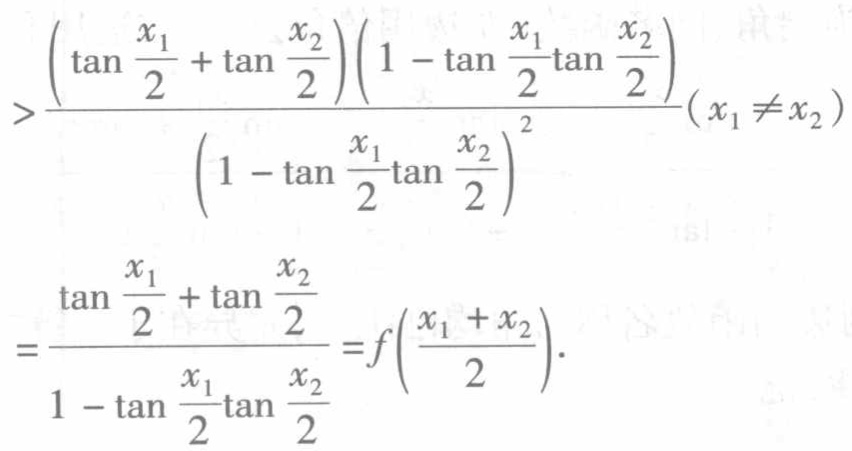
$>\frac{\left(\tan\frac{x_{1}}{2}+\tan\frac{x_{2}}{2}\right)\left(1 - \tan\frac{x_{1}}{2}\tan\frac{x_{2}}{2}\right)}{\left(1 - \tan\frac{x_{1}}{2}\tan\frac{x_{2}}{2}\right)^{2}}(x_{1}\neq x_{2})$
$=\frac{\tan\frac{x_{1}}{2}+\tan\frac{x_{2}}{2}}{1 - \tan\frac{x_{1}}{2}\tan\frac{x_{2}}{2}}=f\left(\frac{x_{1}+x_{2}}{2}\right).$